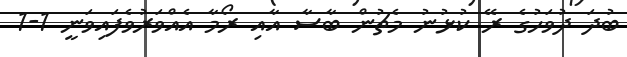
ބުދަ ދުވަހުގެ ރޭ ކުޅުނު މެޗުން ބާސާ އާއި ރޯމާ އެއްވަރުވެފައިވަނީ 1-1